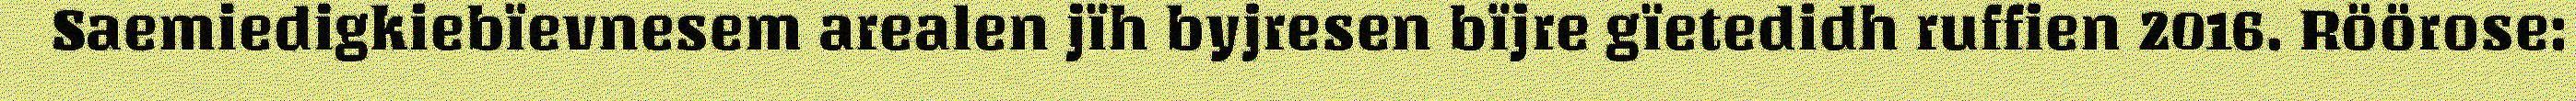
Saemiedigkiebïevnesem arealen jïh byjresen bïjre gïetedidh ruffien 2016. Röörose: